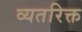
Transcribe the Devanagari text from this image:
व्यतरिक्त